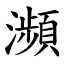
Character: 瀕